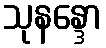
သုနန္ဒော